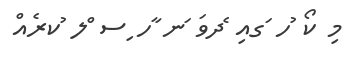
މި ކޯ ުހ ަގއި ެދވަ ަނ ާހ ިސ ްލ ުކރެއް